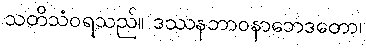
သတိသံဝရသည်။ ဒဿနဘာဝနာဘေဒတော၊